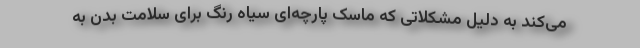
می‌کند به دلیل مشکلاتی که ماسک پارچه‌ای سیاه رنگ برای سلامت بدن به